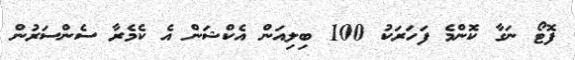
ފޮޓޯ ނަގާ ކޮންމެ ފަހަރަކު 100 ބިލިއަން އެކްޝަން އެ ކެމެރާ ސެންސަރުން